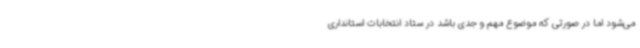
می‌شود اما در صورتی که موضوع مهم و جدی باشد در ستاد انتخابات استانداری